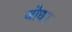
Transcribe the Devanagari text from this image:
जोधपर